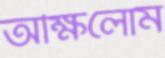
অক্ষিলোম